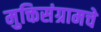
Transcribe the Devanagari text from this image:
मुक्तिसंग्रामचे